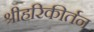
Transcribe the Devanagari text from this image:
श्रीहरिकीर्तन